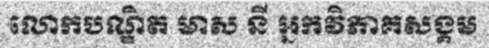
លោកបណ្ឌិត មាស នី អ្នកវិភាគសង្គម